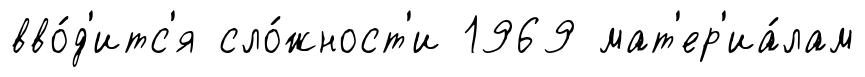
вво́д'итс'я сло́жност'и 1969 мат'ер'иа́лам